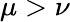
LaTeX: \mu>\nu